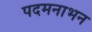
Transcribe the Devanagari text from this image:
पदमनाभन